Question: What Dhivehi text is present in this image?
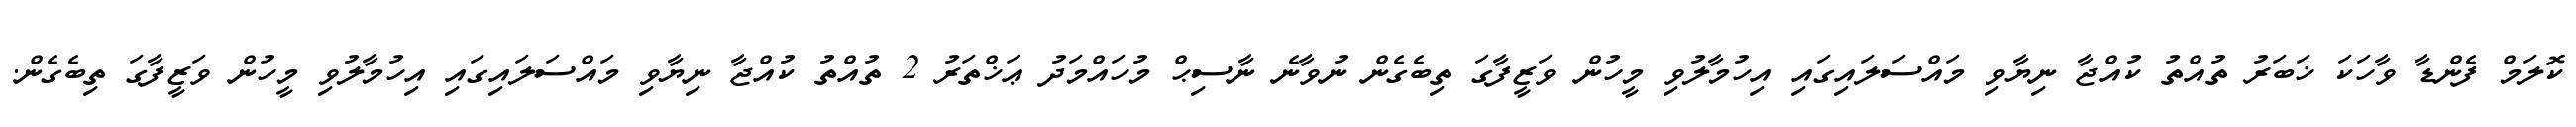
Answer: ކޮލަމް ފެންޑާ ވާހަކަ ޚަބަރު ތުއްތު ކުއްޖާ ނިޔާވި މައްސަލައިގައި އިހުމާލުވި މީހުން ވަޒީފާގަ ތިބެގެން ނުވާނެ ނާސިޙް މުހައްމަދު ޢަޚްތަރު 2 ތުއްތު ކުއްޖާ ނިޔާވި މައްސަލައިގައި އިހުމާލުވި މީހުން ވަޒީފާގަ ތިބެގެން.